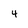
Character: 4